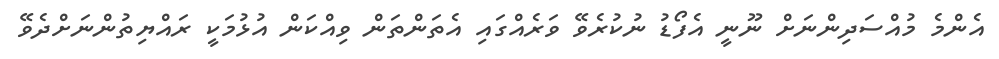
އެންމެ މުއްސަދިންނަށް ނޫނީ އެފޯޑު ނުކުރެވޭ ވަރެެއްގައި އެތަންތަން ވިއްކަން އުޅުމަކީ ރައްޔިތުންނަށްދެވޭ